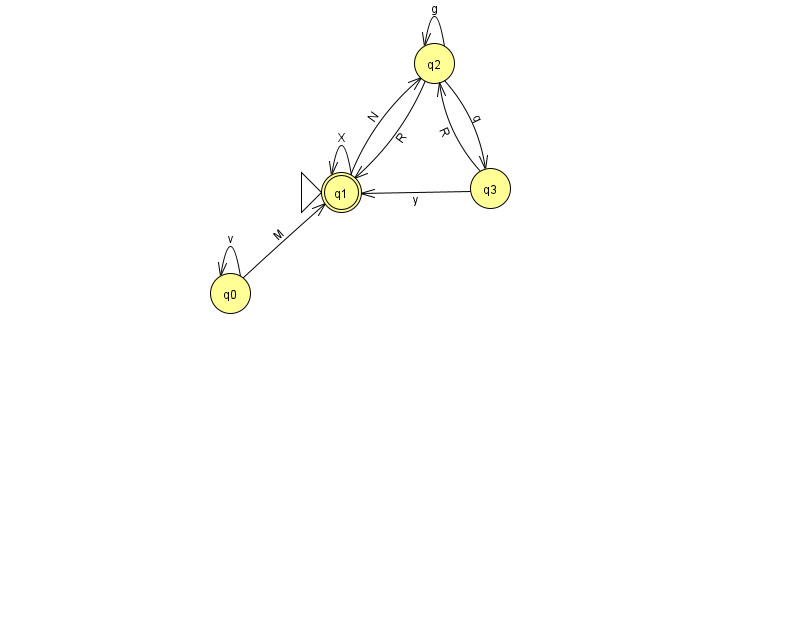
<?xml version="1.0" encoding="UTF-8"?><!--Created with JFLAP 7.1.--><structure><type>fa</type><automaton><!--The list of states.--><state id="0" name="q0"><x>230.0</x><y>280.0</y></state><state id="1" name="q1"><x>341.0</x><y>179.0</y><initial/><final/></state><state id="2" name="q2"><x>434.0</x><y>50.0</y></state><state id="3" name="q3"><x>490.0</x><y>175.0</y></state><!--The list of transitions.--><transition><from>3</from><to>1</to><read>y</read></transition><transition><from>2</from><to>1</to><read>R</read></transition><transition><from>0</from><to>1</to><read>M</read></transition><transition><from>0</from><to>0</to><read>v</read></transition><transition><from>2</from><to>2</to><read>g</read></transition><transition><from>1</from><to>1</to><read>X</read></transition><transition><from>3</from><to>2</to><read>R</read></transition><transition><from>2</from><to>3</to><read>q</read></transition><transition><from>1</from><to>2</to><read>N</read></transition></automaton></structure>